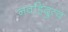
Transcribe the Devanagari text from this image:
नवहिंदुत्व